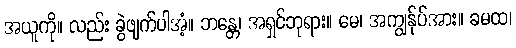
အယူကို။ လည်း ခွဲဖျက်ပါအံ့။ ဘန္တေ၊ အရှင်ဘုရား။ မေ၊ အကျွန်ုပ်အား။ ခမထ၊